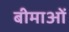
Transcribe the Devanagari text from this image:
बीमाओं